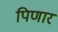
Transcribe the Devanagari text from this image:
पिणार